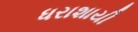
ધરાશાયી